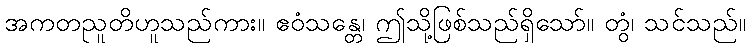
အကတညူတိဟူသည်ကား။ ဧဝံသန္တေ၊ ဤသို့ဖြစ်သည်ရှိသော်။ တွံ၊ သင်သည်။